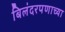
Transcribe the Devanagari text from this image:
बिलंदरपणाच्या